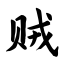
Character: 贼